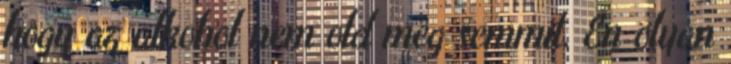
hogy az alkohol nem old meg semmit. Én olyan